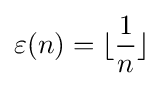
\varepsilon (n)=\lfloor {\frac {1}{n}}\rfloor